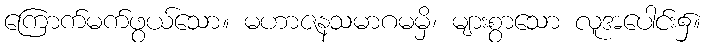
ကြောက်မက်ဖွယ်သော။ မဟာဇနသမာဂမမှိ၊ များစွာသော လူအပေါင်း၌။